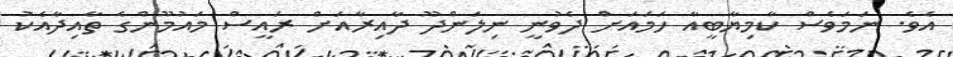
އެވެ. ނަމަވެސް ކާމިޔާބީއާ ހަމައަށް ދެވުނީ ނިލަންދޫ ދާއިރާއަށް ރައީސް މައުމޫންގެ ތާއިދާއެކު